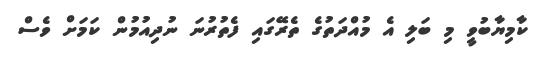
ކާމިޔާބުވީ މި ބަލި އެ މުއްދަތުގެ ތެރޭގައި ފެތުރުނަ ނުދިއުމުން ކަމަށް ވެސް